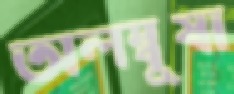
অলম্বুষা